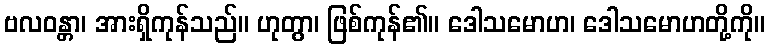
ဗလဝန္တာ၊ အားရှိကုန်သည်။ ဟုတွာ၊ ဖြစ်ကုန်၏။ ဒေါသမောဟ၊ ဒေါသမောဟတို့ကို။